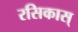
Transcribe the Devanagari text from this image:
रसिकास्